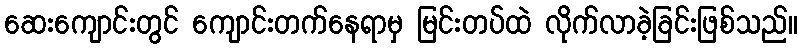
ဆေးကျောင်းတွင် ကျောင်းတက်နေရာမှ မြင်းတပ်ထဲ လိုက်လာခဲ့ခြင်းဖြစ်သည်။